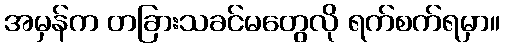
အမှန်က တခြားသခင်မတွေလို ရက်စက်ရမှာ။